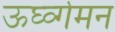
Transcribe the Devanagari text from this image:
ऊर्घ्व्गमन